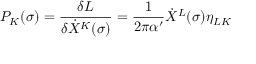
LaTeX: P _ { K } ( \sigma ) = \frac { \delta L } { \delta \dot { X } ^ { K } ( \sigma ) } = \frac { 1 } { 2 \pi \alpha ^ { \prime } } \dot { X } ^ { L } ( \sigma ) \eta _ { L K }